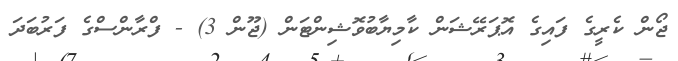
ޖޯން ކެރީގެ ފައިގެ އޮޕަރޭޝަން ކާމިޔާބުވޮޝިންޓަން (ޖޫން 3) - ފްރާންސްގެ ފަރުބަދަ